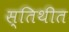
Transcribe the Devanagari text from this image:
स्तिथीत